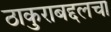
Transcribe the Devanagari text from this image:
ठाकुराबद्दलचा